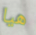
هيا